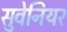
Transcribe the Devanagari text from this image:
सुवेनियर